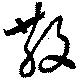
散